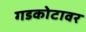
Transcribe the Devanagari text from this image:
गडकोटावर